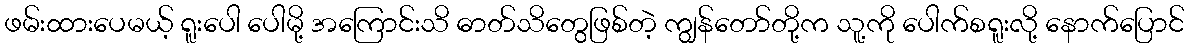
ဖမ်းထားပေမယ့် ရူးပေါ ပေါမို့ အကြောင်းသိ ဓာတ်သိတွေဖြစ်တဲ့ ကျွန်တော်တို့က သူ့ကို ပေါက်စရူးလို့ နောက်ပြောင်